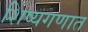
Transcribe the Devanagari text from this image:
शिष्यगणात